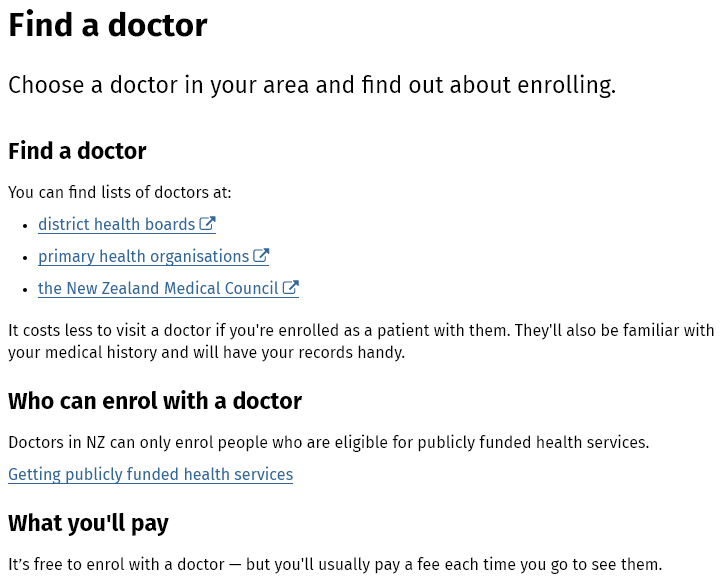
Find    a  doctor
  Choose a    doctor in   your area    and  find  out  about enrolling.
  Find  a doctor
  You can find lists of doctors at:
  It costs less to visit a doctor if you're enrolled as a patient with them. They'll also be familiar with
  your medical history and will have your records handy.
  Who can  enrol   with   a  doctor
   +
     district health boards
   + primary health organisations
     Ft
     Fy
   +
     the New Zealand Medical Council
  Doctors in NZ can only enrol people who are eligible for publicly funded health services.
  Getting publicly funded health services
  What you'll   pay
  It’s free to enrol with a doctor — but you'll usually pay a fee each time you go to see them.